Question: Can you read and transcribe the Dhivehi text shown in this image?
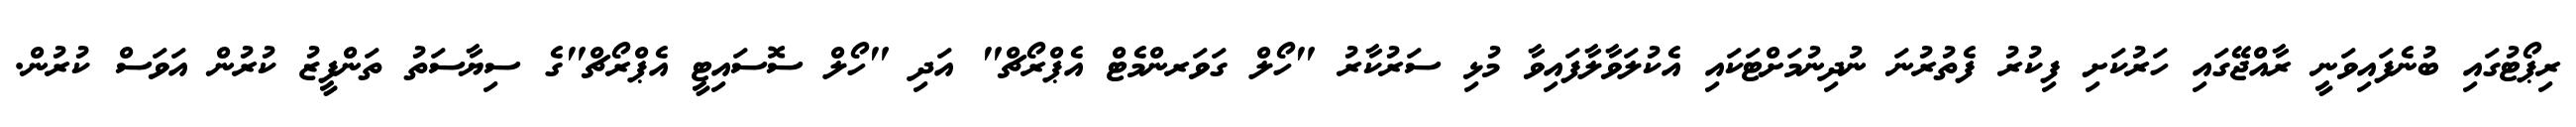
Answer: ރިޕޯޓުގައި ބުނެފައިވަނީ ރާއްޖޭގައި ހަރުކަށި ފިކުރު ފެތުރުނަ ނުދިނުމަށްޓަކައި އެކުލަވާލާފައިވާ މުޅި ސަރުކާރު "ހޯލް ގަވަރންމެޓް އެޕްރޯޗް" އަދި "ހޯލް ސޮސައިޓީ އެޕްރޯޗް"ގެ ސިޔާސަތު ތަންފީޒު ކުރުން އަވަސް ކުރުން.